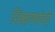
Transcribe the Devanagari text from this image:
शिक्षणयोगी